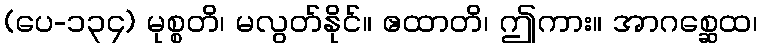
(ပေ-၁၃၄) မုစ္စတိ၊ မလွတ်နိုင်။ ဧထာတိ၊ ဤကား။ အာဂစ္ဆေထ၊